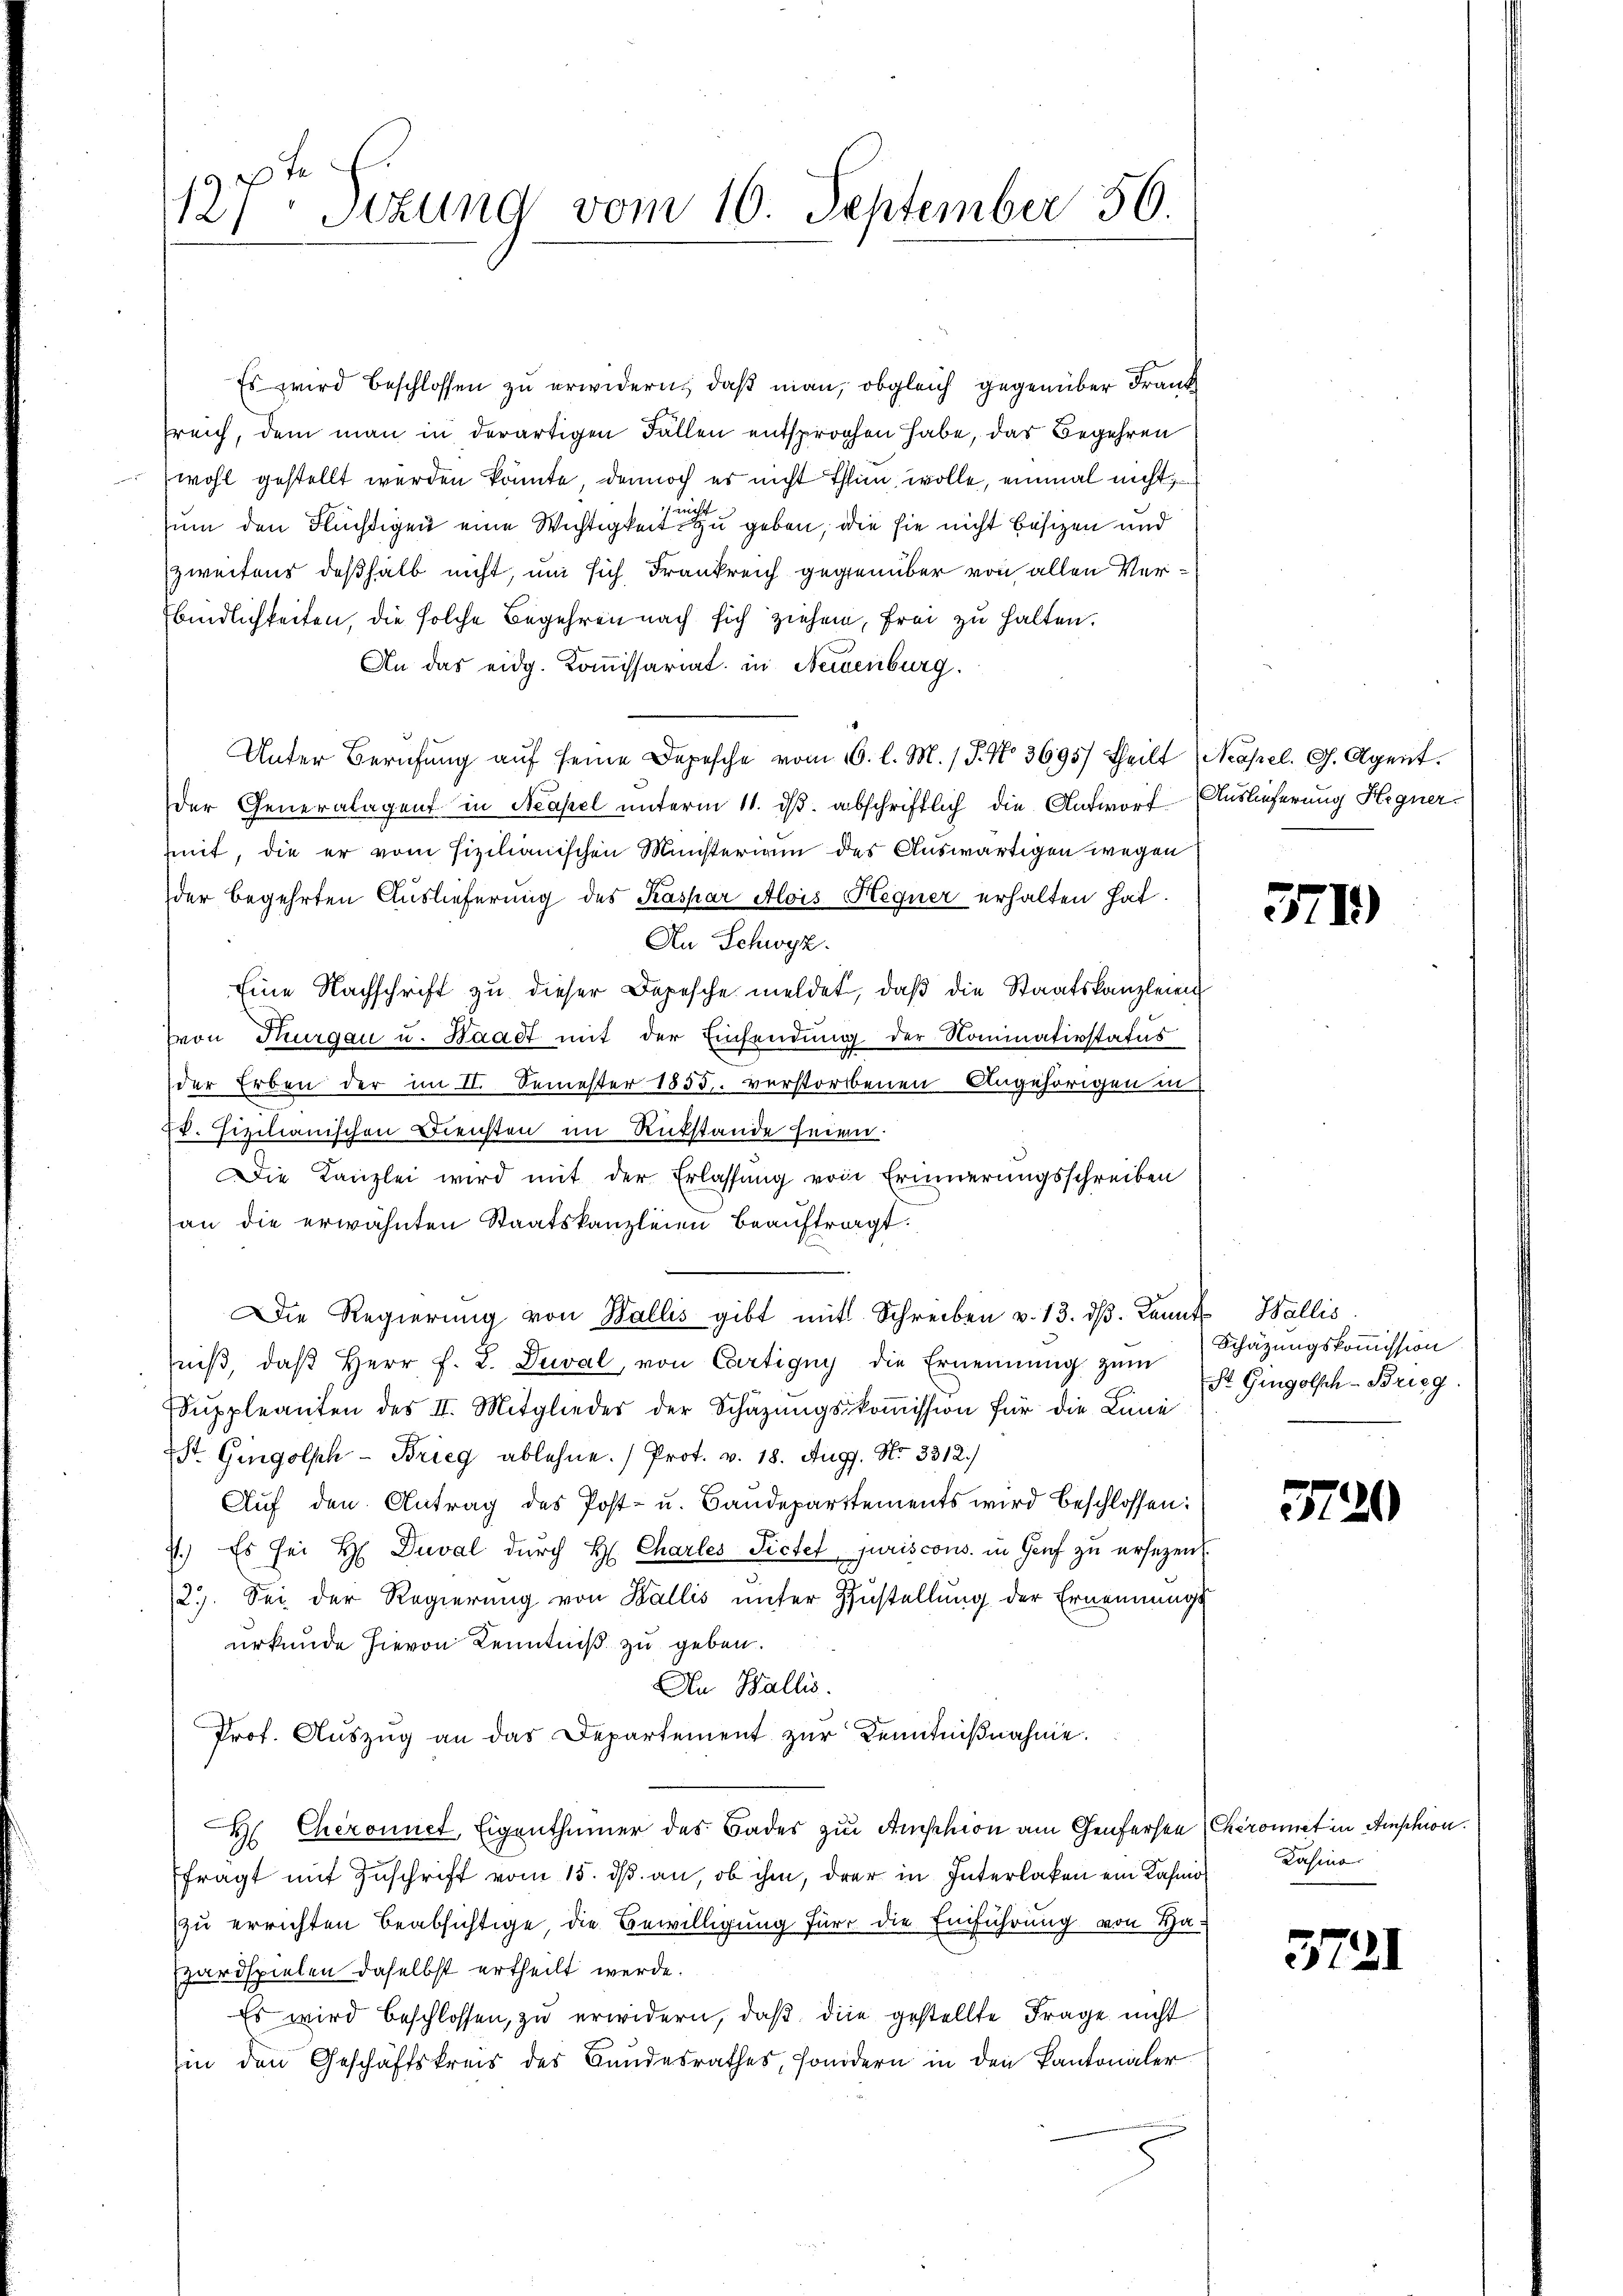
127. Sitzung vom 10. September 56.

Es wird beschlossen zu erwidern, daß man, obgleich gegenüber Frank
Treich, dem man in derartigen Fällen entsprochen habe, das Begehren
wohl gestellt werden könnte, dennoch es nicht Thun wolle, einmal nicht
sum den Flüchtigen eine Wichtigkeit zu geben, die sie nicht besizen und
zweitens deßhalb nicht, um sich Frankreich gegenüber von allen Verbindlichkeiten, die solche Begehren nach sich ziehen, frei zu halten.
An das eidg. Kommissariat in Neuenburg.
Unter Berufung auf seine Depesche vom 6. l. M. / P. No 3695/ theilt (Neapel. G. Agent.
der Generalagent in Neapel unterm 11. ds. abschriftlich die Antwort Auslieferung Hegner.
mit, die er vom fizilianischen Ministerium des Auswärtigen wegen
der begehrten Auslieferung des Kaspar Alois Hegner erhalten hat.
An Schwyz.
Eine Nachschrift zu dieser Depesche meldet, daß die Staatskanzleien
von Thurgau u. Waadt mit der Einsendung der Nominativstatus
der Erben der im II. Semester 1855. verstorbenen Angehörigen in
k. Fischanischen Diensten im Rückstände seien.
Die Kanzlei wird mit der Erlassung von Erinnerungsschreiben
an die erwähnten Staatskanzleien beauftragt.
Die Regierŭng von Wallis gibt mit Schreiben v. 13. dβ. Kannt Wallis
niβ, daβ Herr F. L. Deval, von Cartigny die Ernennung zum
ŭppleanten des II. Mitglieder der Schäzŭngskoṁission für die Linie
St. Gingolph - Brieg ablehne. Prot. v. 18. Aug. No 3312.)
Auf den Antrag des Post- u. Baudepartements wird beschlossen:
7.) Es sei H Duval durch H. Charles Pictet juriscons in Genf zu ersezen
2.). Sei der Regierung von Wallis unter Zustellung der Ernennungs
urkunde hievon Kenntniß zu geben.
An Wallis.
Prof. Aŭszŭg an das Departement zŭr Kenntniβnahme.
H Cheronnet, Eigenthümer des Bades zur Anschion am Genferen Chromit in Anschien.
fragt mit Zuschrift vom 15. ds. an, ob ihm, drer in Interlaken ein Kahnos
zu errichten beabsichtige, die Bewilligung für die Einführung von Ha-
Bardspielen daselbst ertheilt werde.
Es wird beschlossen, zu erwidern, daß die gestellte Frage nicht
Ein den Geschäftskreis des Bundesrathes, sondern in den Kantonaler

319

Schätzungskommission
St. Gingolsch - Brieg.

374

¬

Casino.

3721